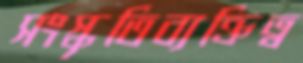
সংস্কৃতিব্যক্তিত্ব